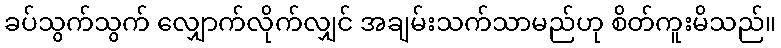
ခပ်သွက်သွက် လျှောက်လိုက်လျှင် အချမ်းသက်သာမည်ဟု စိတ်ကူးမိသည်။